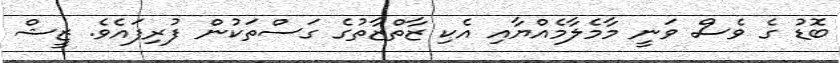
ބޮޑު ގެ ވެސް ވަނީ މާމެލާމެއްޔާއި އެކި ޒާތްޒާތުގެ ގަސްތަކުން ފުރިފައެވެ. ޒީޝް